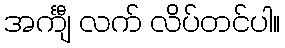
အင်္ကျီ လက် လိပ်တင်ပါ။